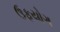
ઉફયોગ